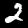
Label: 2